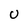
Character: U